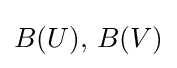
B(U),\,B(V)